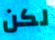
لكن